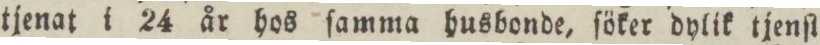
tjenat i 24 år hos ſamma husbonde, ſöker dylik tjenſt